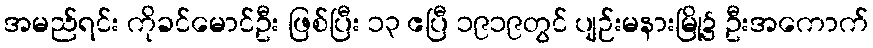
အမည်ရင်း ကိုခင်မောင်ဦး ဖြစ်ပြီး ၁၃ ဧပြီ ၁၉၁၉တွင် ပျဉ်းမနားမြို့၌ ဦးအကောက်